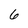
Character: 6